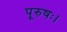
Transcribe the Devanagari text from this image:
पूरुषः।